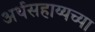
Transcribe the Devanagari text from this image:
अर्थसहाय्यच्या